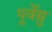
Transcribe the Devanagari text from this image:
पूर्वेद्यु